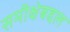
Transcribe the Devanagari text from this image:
समीक्षेबद्दल